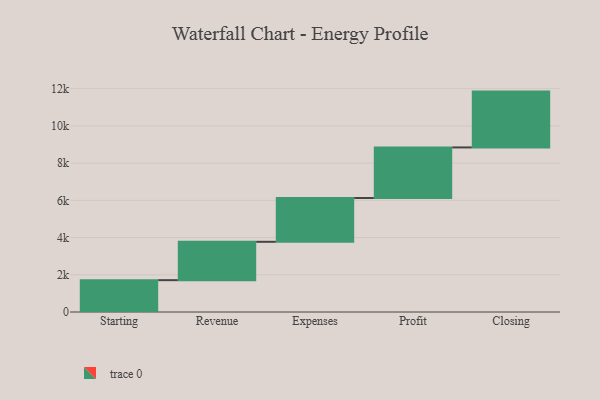
{"axis": {"x": "Step", "y": "Value"}, "legend": [""], "data": [{"x": "Starting", "y": 1711.0, "type": ""}, {"x": "Revenue", "y": 2061.0, "type": ""}, {"x": "Expenses", "y": 2353.0, "type": ""}, {"x": "Profit", "y": 2718.0, "type": ""}, {"x": "Closing", "y": 3000, "type": ""}]}